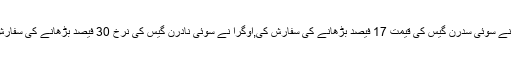
اوگرا نے سوئی سدرن گیس کی قیمت 17 فیصد بڑھانے کی سفارش کی,اوگرا نے سوئی نادرن گیس کی نرخ 30 فیصد بڑھانے کی سفارش کی۔